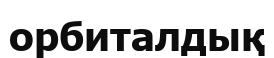
орбиталдық